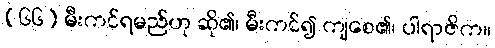
(၆၆) မီးကင်ရမည်ဟု ဆို၏၊ မီးကင်၍ ကျစေ၏၊ ပါရာဇိက။